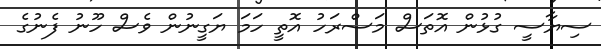
ސިޔާސީ ގުޅުން އޮތަސް މަސްރަހު އޮތީ ހަމަ ޔަގީނުން ވެސް ހޫނު ފެނުގެ